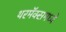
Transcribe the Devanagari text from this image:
थरमॅक्समध्ये